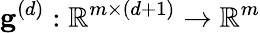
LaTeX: \mathbf{g}^{(d)}:\mathbb{R}^{m\times(d+1)}\rightarrow\mathbb{R}^{m}